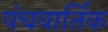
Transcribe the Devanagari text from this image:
पंचवार्तिक